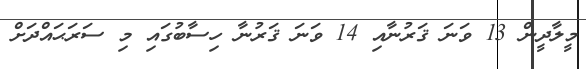
މީލާދީން 13 ވަނަ ޤަރުނާއި 14 ވަނަ ޤަރުނާ ހިސާބުގައި މި ސަރަޙައްދަށް